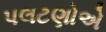
પલટણોએ